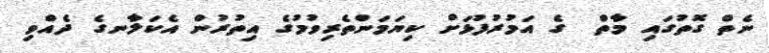
ނެތް ގޮތުގައި މާތް  ގެ އަމުރުފުޅަށް ކިޔަމަންތެރިވުމުގެ އިތުރުން އެކަލާނގެ ދެއްވި